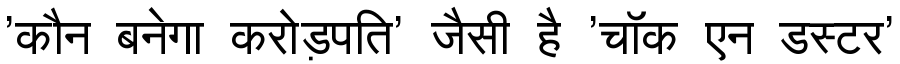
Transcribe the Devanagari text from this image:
'कौन बनेगा करोड़पति' जैसी है 'चॉक एन डस्टर'